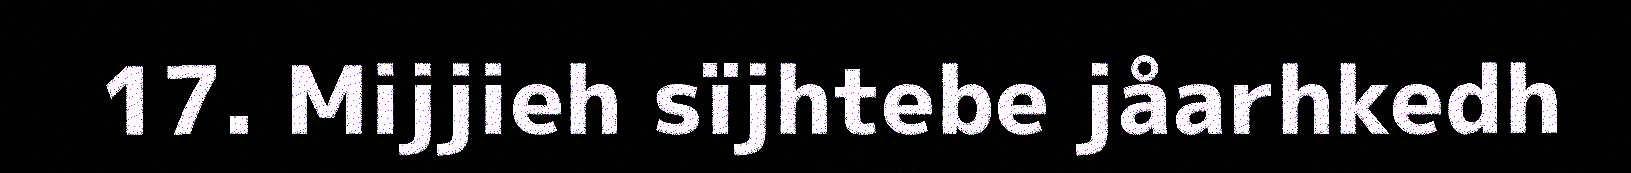
17. Mijjieh sïjhtebe jåarhkedh